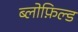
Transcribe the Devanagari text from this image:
ब्लोफ़िल्ड